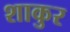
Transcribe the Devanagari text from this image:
शाकुर